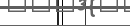
.     .